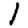
Digit: 1